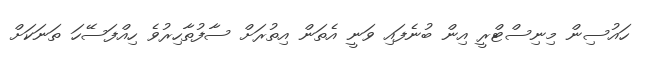
ހައުސިން މިނިސްޓްރީ އިން ބުނެފައި ވަނީ އެތަން އިތުރަށް ސާފުތާހިރުވެ ހިއްފަސޭހަ ތަނަކަށް